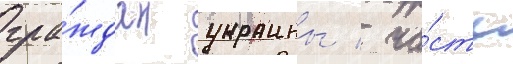
гра́ждан украины / ча́сть